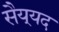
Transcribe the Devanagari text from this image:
सैय्‌यद